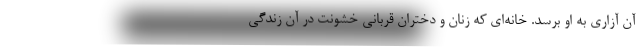
آن آزاری به او برسد. خانه‌ای که زنان و دختران قربانی خشونت در آن زندگی